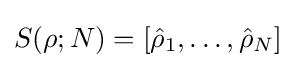
S(\rho ;N)=[{\hat {\rho }}_{1},\ldots ,{\hat {\rho }}_{N}]